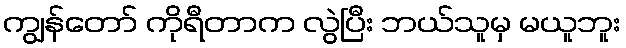
ကျွန်တော် ကိုရီတာက လွဲပြီး ဘယ်သူမှ မယူဘူး